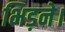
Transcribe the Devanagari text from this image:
भिड़ने।